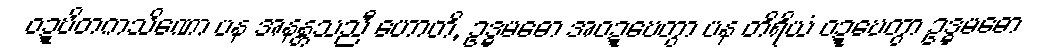
ဝဍ္ဎိတကသိဏော ပန အနန္တသညီ ဟောတိ, ဥဒ္ဓမဓော အဝဍ္ဎေတွာ ပန တိရိယံ ဝဍ္ဎေတွာ ဥဒ္ဓမဓော